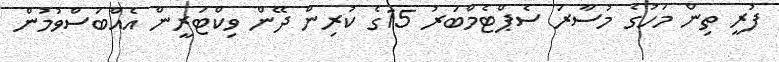
ފުރީ ތިން މަހުގެ މުސާރަ ސެޕްޓެމްބަރު 15ގެ ކުރިން ދޭން ވިކްޓަރީން އެއްބަސްވުމުން